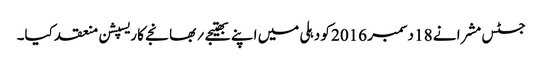
جسٹس مشرا نے 18 دسمبر 2016 کو دہلی میں اپنے بھتیجے ؍ بھانجے کا ریسپشن منعقد کیا۔